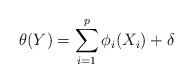
LaTeX: \begin{align*} \theta (Y) = \sum\limits_{i = 1}^p {{\phi _i}(X_i)} + \delta\end{align*}